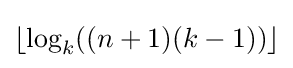
\lfloor \log _{k}((n+1)(k-1))\rfloor